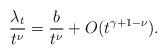
LaTeX: \begin{align*} \frac{\lambda_t}{t^\nu} = \frac{b}{t^\nu} + O(t^{\gamma + 1-\nu}). \end{align*}